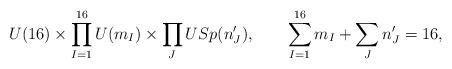
LaTeX: \begin{align*}U(16) \times \prod_{I=1}^{16} U(m_I) \times \prod_J USp(n'_J), \qquad\sum_{I=1}^{16} m_I + \sum_J n'_J = 16,\end{align*}